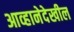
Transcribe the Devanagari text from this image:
आव्हानेदेखील